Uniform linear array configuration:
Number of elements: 32
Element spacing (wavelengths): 1
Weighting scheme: hann
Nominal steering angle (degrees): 60
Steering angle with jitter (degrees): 59.693
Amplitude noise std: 0.05
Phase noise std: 0.05

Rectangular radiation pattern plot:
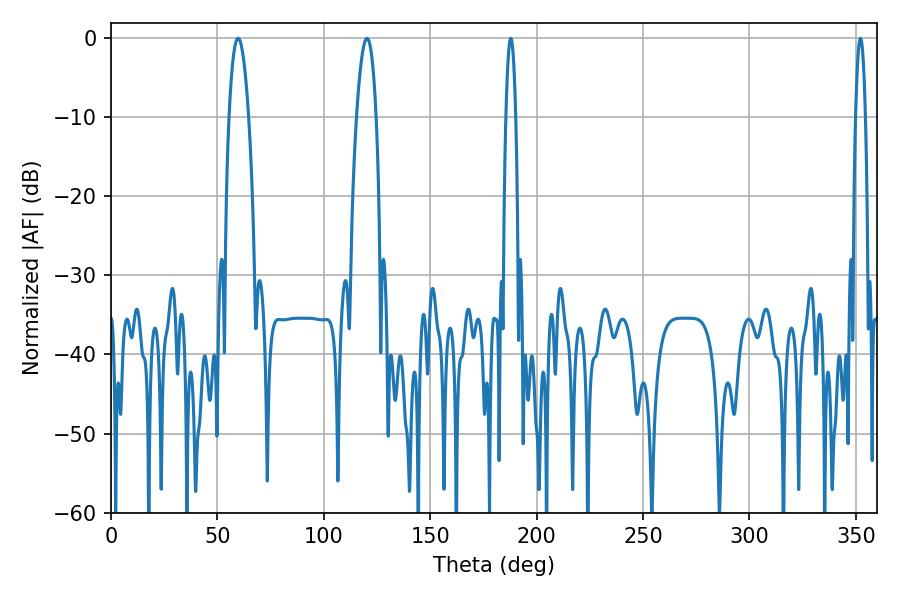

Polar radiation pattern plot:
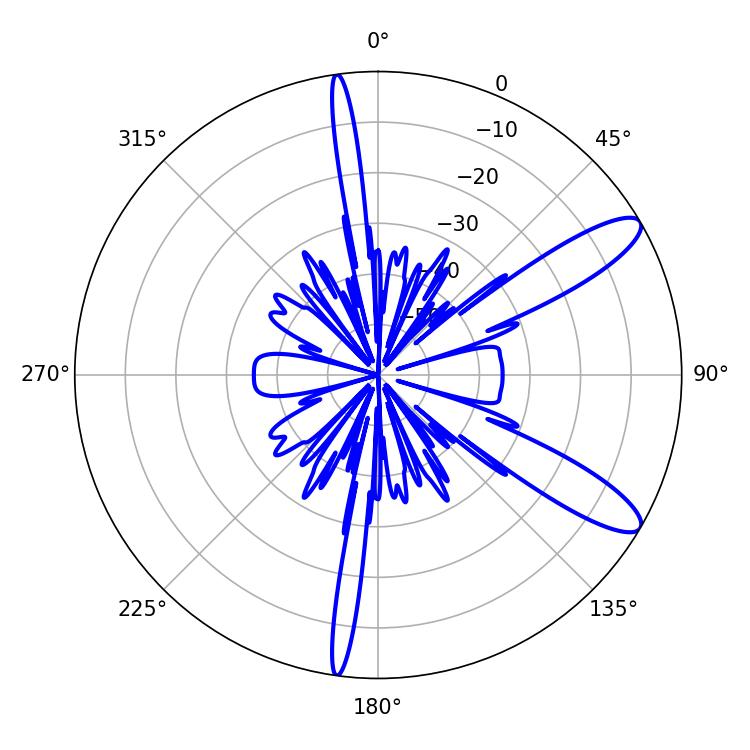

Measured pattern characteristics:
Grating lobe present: TRUE
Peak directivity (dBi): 11.171
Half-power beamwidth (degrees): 5.04
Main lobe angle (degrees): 59.76